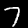
Label: 7